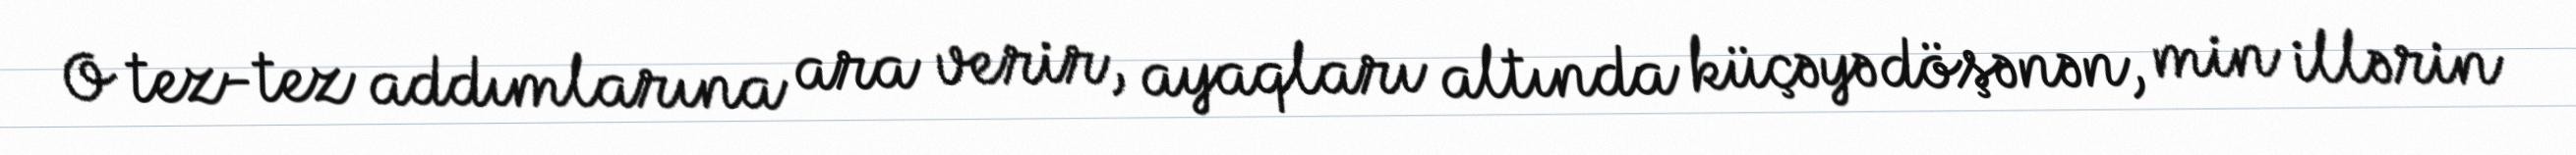
O tez-tez addımlarına ara verir, ayaqları altında küçəyə döşənən, min illərin